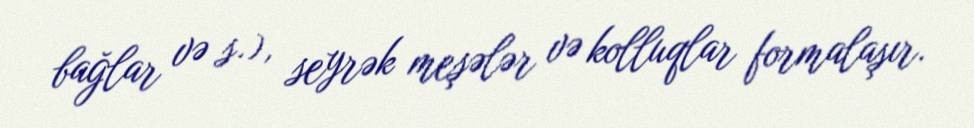
bağlar və s.), seyrək meşələr və kolluqlar formalaşır.